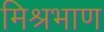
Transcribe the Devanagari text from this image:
मिश्रभाण